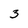
Character: 3